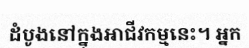
ដំបូងនៅក្នុងអាជីវកម្មនេះ។ អ្នក